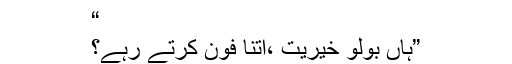
“
”ہاں بولو خیریت ،اتنا فون کرتے رہے؟